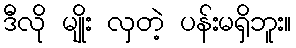
ဒီလို မျိုး လှတဲ့ ပန်းမရှိဘူး။